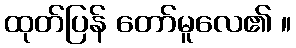
ထုတ်ပြန် တော်မူလေ၏ ။